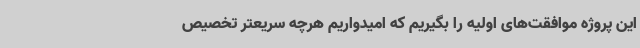
این پروژه موافقت‌های اولیه را بگیریم که امیدواریم هرچه سریعتر تخصیص